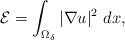
\begin{align*} \mathcal{E}=\int_{\Omega_\delta}|\nabla u|^2~dx,\end{align*}